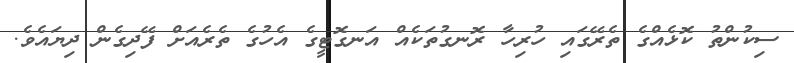
ސިކުންތު ކޮޅެއްގެ ތެރޭގައި ހުރިހާ ރޮނގުތަކެއް އަނގޮޓީގެ އެހުގެ ތެރެއަށް ފޭދިގެން ދިޔައެވެ.